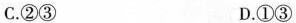
C.②③ D.①③